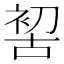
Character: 𠸗